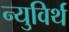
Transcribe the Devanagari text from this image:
न्युविर्थ